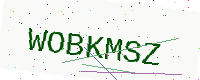
Text: WOBKMSZ